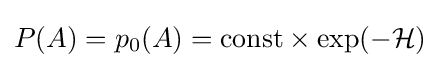
P(A)=p_{0}(A)={\text{const}}\times \exp(-{\mathcal {H}})